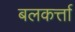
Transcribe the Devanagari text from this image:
बलकर्त्ता